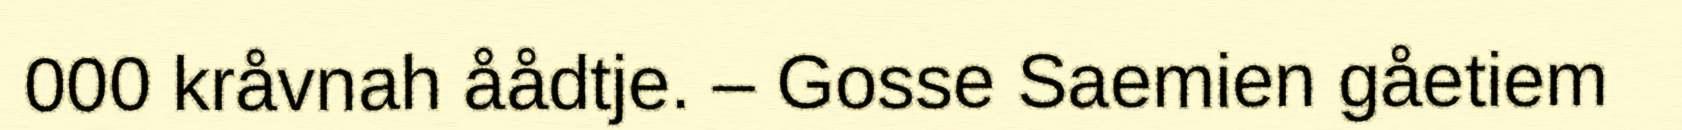
000 kråvnah åådtje. – Gosse Saemien gåetiem